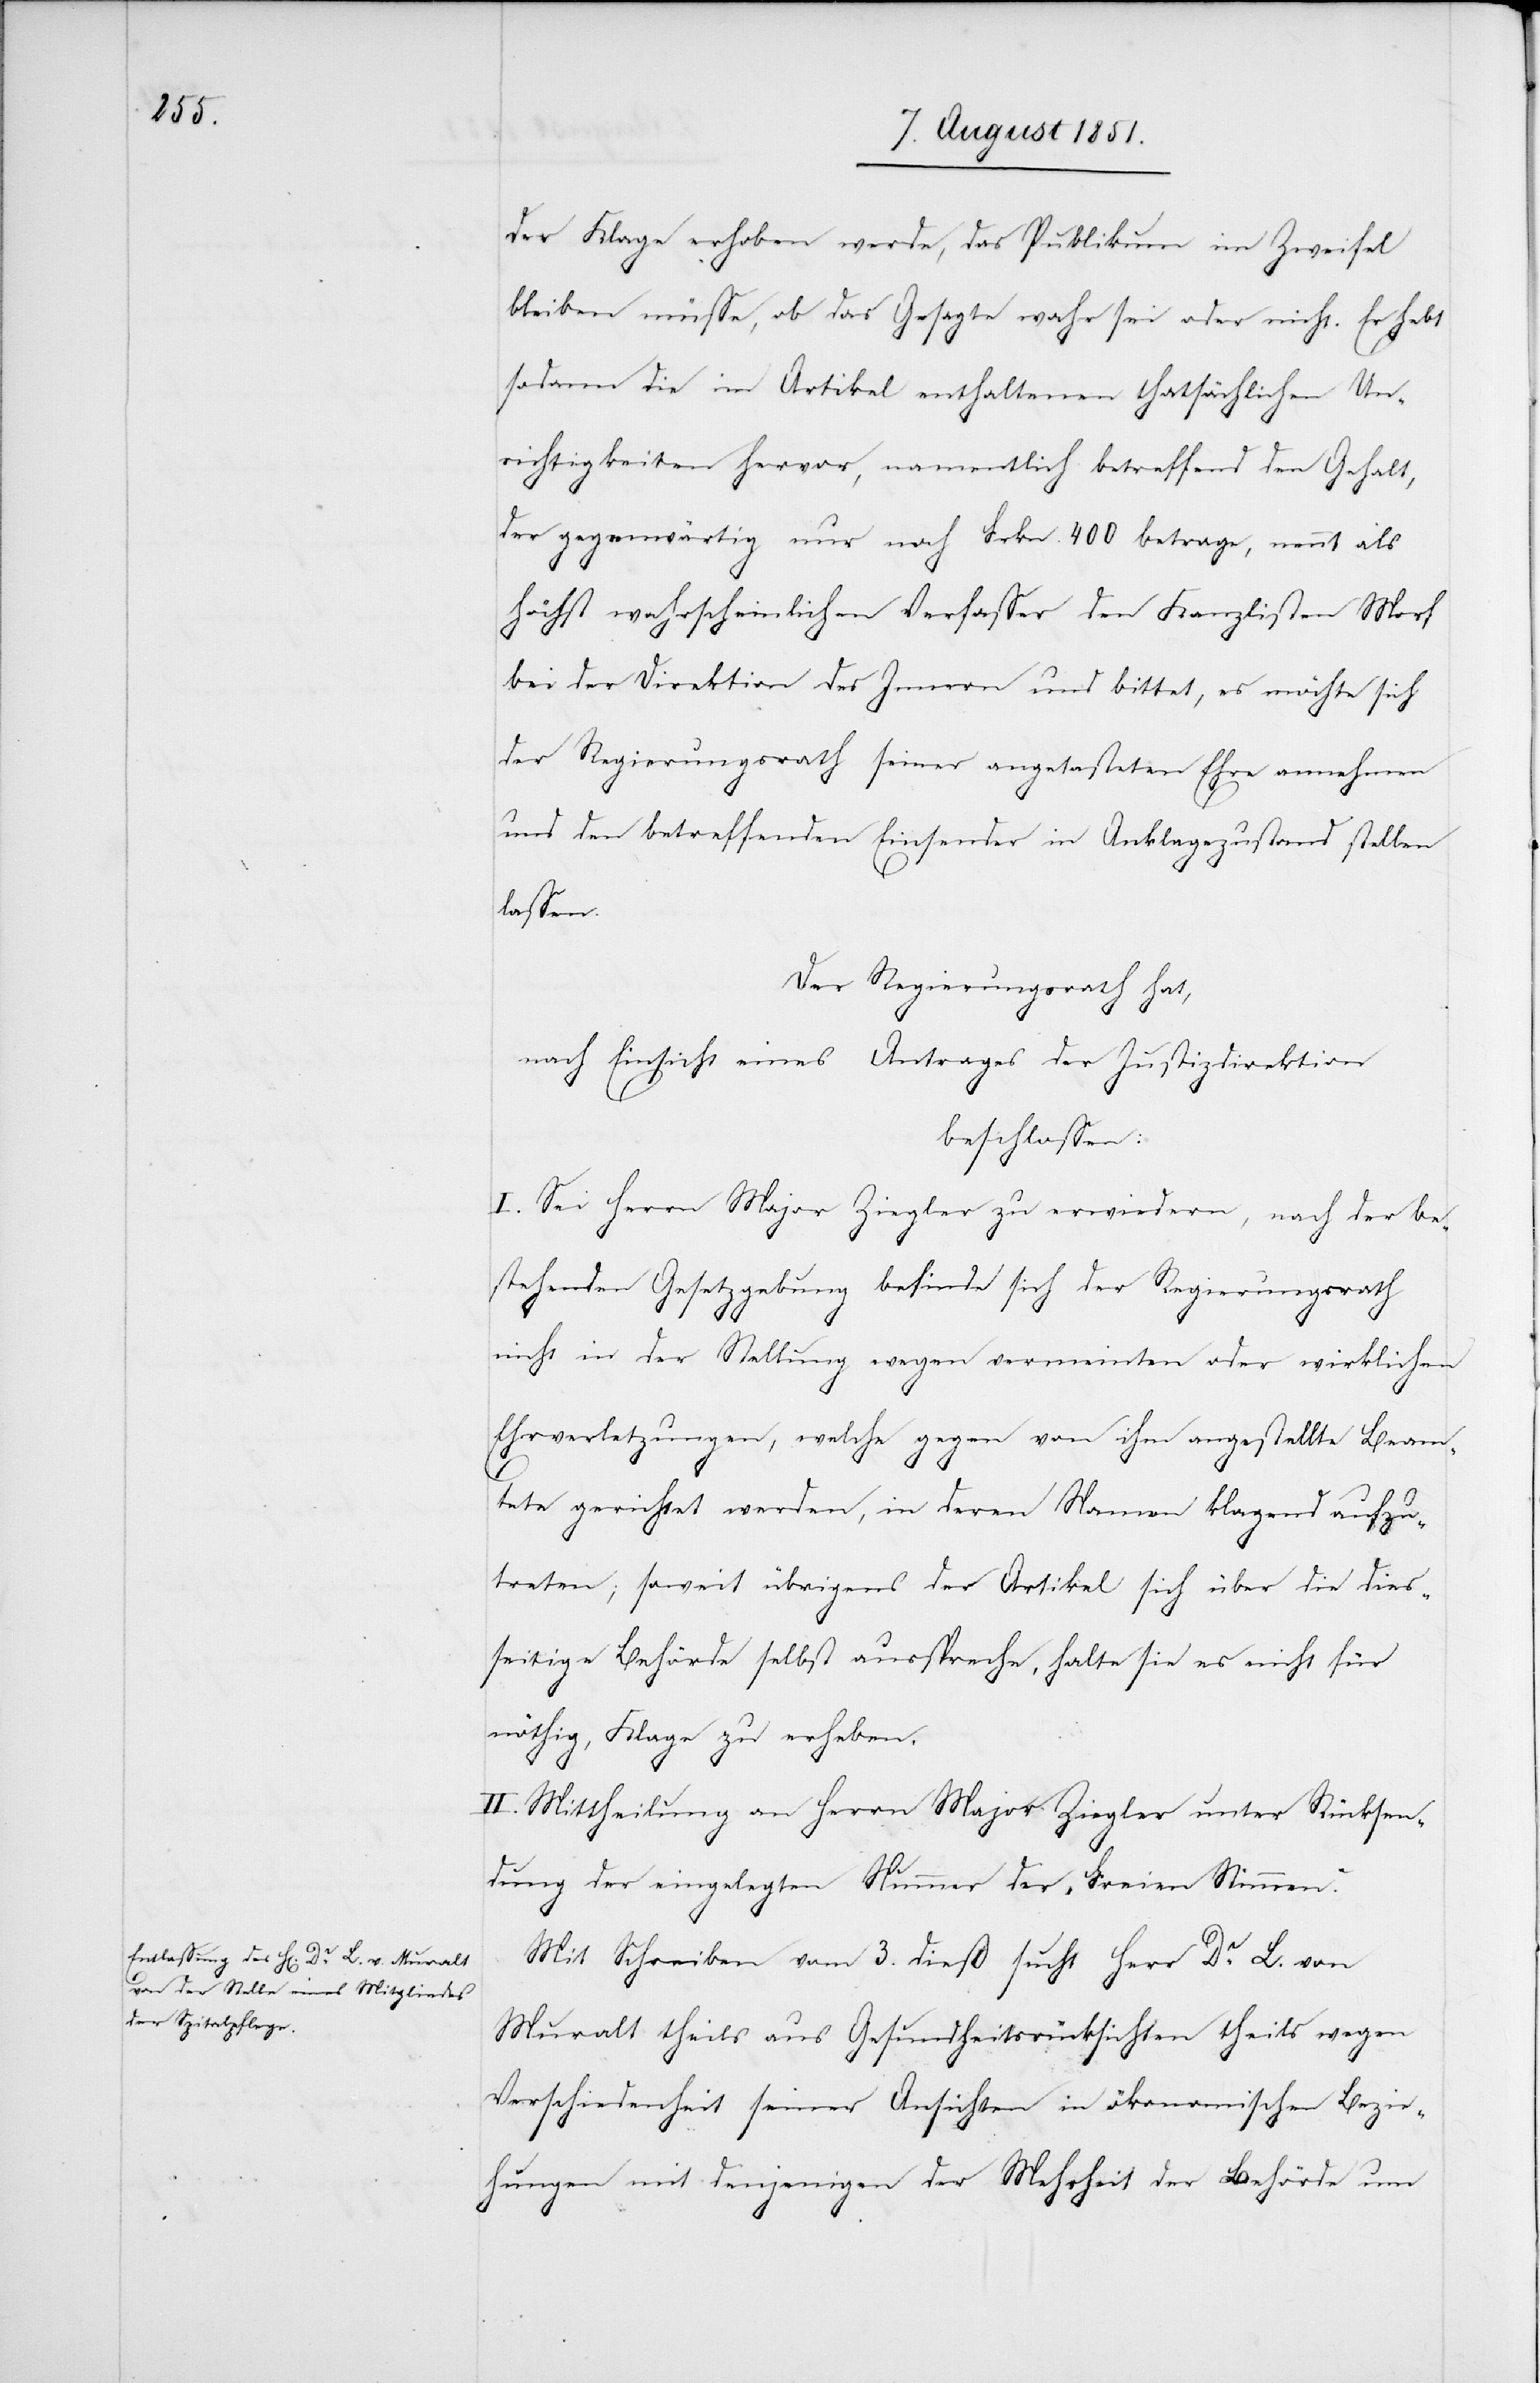
der Klage erhoben werde, das Publikum im Zweifel
bleiben müsse, ob das Gesagte wahr sei oder nicht. Er hebt
sodann die im Artikel enthaltenen thatsächlichen Un¬
richtigkeiten hervor, namentlich betreffend den Gehalt,
der gegenwärtig nur noch Frkn. 400 betrage, nennt als
höchst wahrscheinlichen Verfasser den Kanzlisten Morf
bei der Direktion des Innern und bittet, es möchte sich
der Regierungsrath seiner angetasteten Ehre annehmen
und den betreffenden Einsender in Anklagezustand stellen
lassen.
Der Regierungsrath hat,
nach Einsicht eines Antrages der Justizdirektion
beschlossen:
I. Sei Herrn Major Ziegler zu erwiedern, nach der be¬
stehenden Gesetzgebung befinde sich der Regierungsrath
nicht in der Stellung wegen vermeinten oder wirklichen
Ehrverletzungen, welche gegen von ihm angestellte Beam¬
tete gerichtet werden, in deren Namen klagend aufzu¬
treten; soweit übrigens der Artikel sich über die dies¬
seitige Behörde selbst ausspreche, halte sie es nicht für
nöthig, Klage zu erheben.
II. Mittheilung an Herrn Major Ziegler unter Rücksen¬
dung der eingelegten Nummer der „Freien Stimmen.“
Mit Schreiben vom 3. dieß sucht Herr Dr. L. von
Muralt theils aus Gesundheitsrücksichten theils wegen
Verschiedenheit seiner Ansichten in ökonomischen Bezie¬
hungen mit denjenigen der Mehrheit der Behörde um